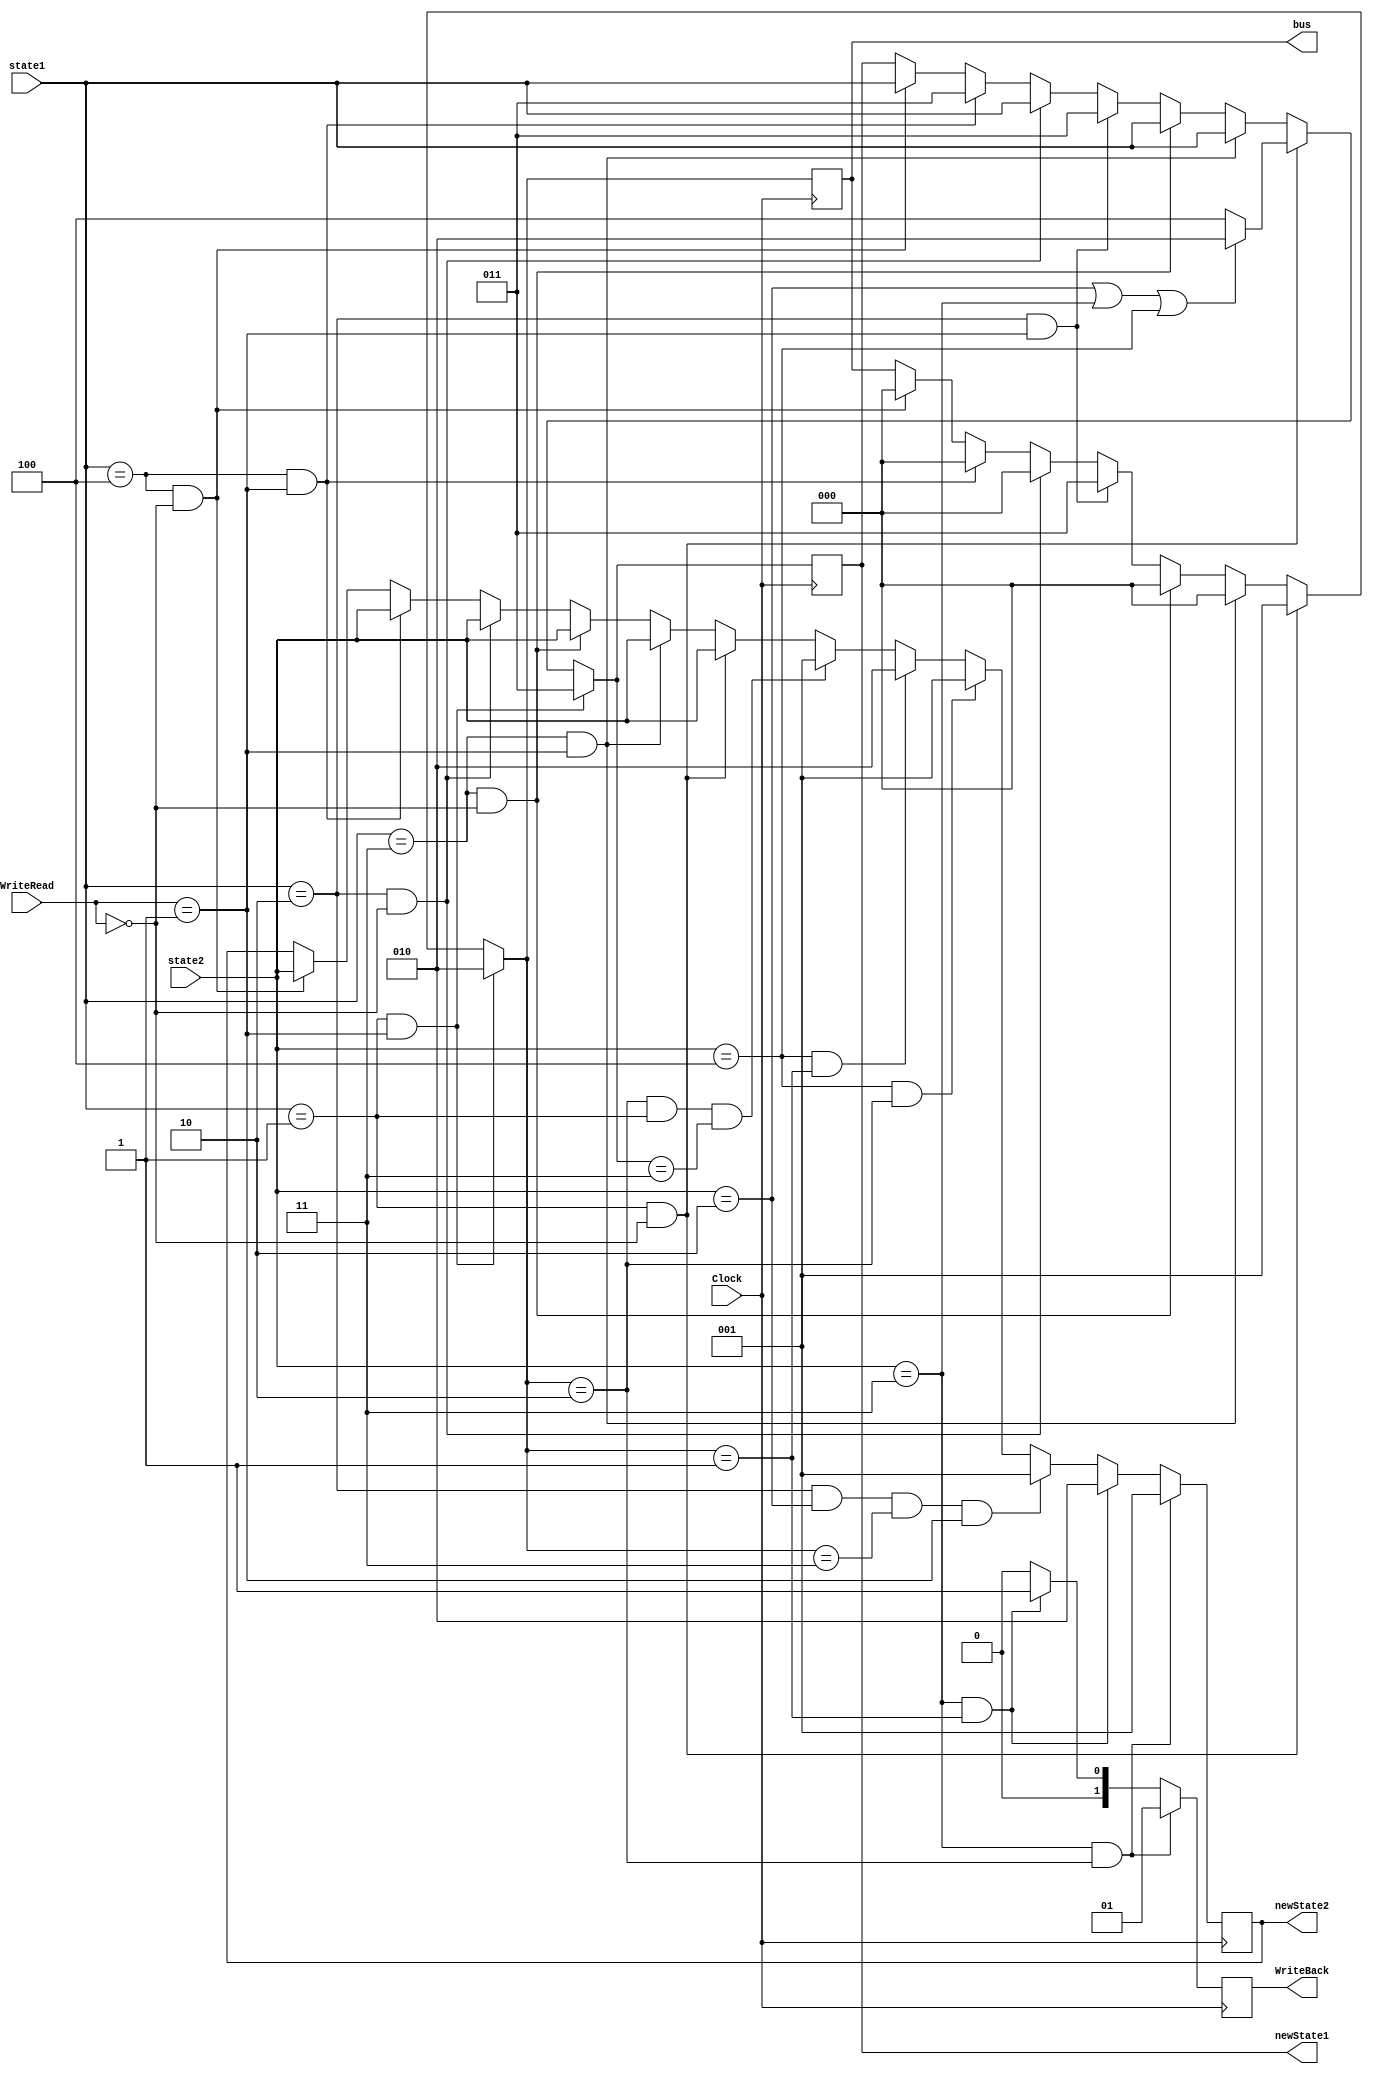
module MaquinasDeEstados(Clock, WriteRead, state1, state2, bus, newState1, newState2, WriteBack);

 
/* Instruções para melhor entendimento do código.
 -----------------------------------------
	Estados
	I = 001, S = 010, M = 011, E = 100
	bus
	000 - vazio
	001 - busrd
	010 - busrdx
	011 - busupgrd
 -----------------------------------------
 */

	//	Entradas:
	input Clock;
	input [2:0] state1;
	input[2:0] state2;	// Estados 1 e 2.
	input [1:0] WriteRead; // saida com read ou write
	
	// Saídas que receberam os valores para a simulação.
	output reg[2:0] bus;
	output reg[2:0] newState1;
	output reg[2:0] newState2;
	output reg[1:0] WriteBack;

	// Registradores:
	reg [1:0] hit;
	reg [1:0] miss;
	
	
	initial begin 
		
		bus = 3'b000; 
		newState1 = 3'b000; 
		newState2 = 3'b000;
		WriteBack = 2'b00;
		hit = 2'b00;
		miss = 2'b00;

	end
	
	
	
	always@(negedge Clock)begin
		WriteBack = 2'b00;
		
// --------------------------------------------------------------------------------------------
		// Máquina de estado 1
		
		if(state1 == 3'b100 && WriteRead == 2'b00) // EXCLUSIVE READ - CONFERIDO
			begin
				newState1 = state1;	// Continua os mesmos estados.
				newState2 = state2;
				bus = 3'b000;			// Não emite sinal.
				hit = 2'b01;			// Da hit.
				miss = 2'b00;			// Não da miss.
			end
		if(state1 == 3'b100 && WriteRead == 2'b01) //EXCLUSIVE WRITE - CONFERIDO
			begin
				newState1 = 3'b011; 	// Modified.
				newState2 = state2;	// Continua o mesmo estado.
				bus = 3'b000;			// Não emite sinal.
				hit = 2'b01;			// Da hit.
				miss = 2'b00;			// Não da miss.
			end
				
		if(state1 == 3'b010 && WriteRead == 2'b00) //SHARED HIT -  CONFERIDO
			begin
				newState1 = state1;	// Continua os mesmos estados.
				newState2 = state2;	
				bus = 3'b000;			// Não emite sinal.
				hit = 2'b01;			// Da hit.
				miss = 2'b00;			// Não dá miss.
			end
		if(state1 == 3'b010 && WriteRead == 2'b01) //SHARED WRITE - CONFERIDO
			begin
				newState1 = 3'b011;	// MODIFIED 
				bus = 3'b011;			// Emite sinal BusUpgr.
				hit = 2'b00;			// Não da hit.
				miss = 2'b01;			// Dá miss.
			end
		if(state1 == 3'b011 && WriteRead == 2'b00) //MODIFIED READ - CONFERIDO
			begin
				newState1 = state1;	// Continua os mesmos estados.
				newState2 = state2;
				bus = 3'b000;			// Não emite sinal.
				hit = 2'b01;			// Dá hit.
				miss = 2'b00;			// Não dá miss.
			end
		if(state1 == 3'b011 && WriteRead == 2'b01) //MODIFIED WRITE - CONFERIDO
			begin
				newState1 = state1;	// Continua os mesmos estados.
				newState2 = state2;
				bus = 3'b000;			//	Não emite sinal.
				hit = 2'b00;			// Não dá hit
				miss = 2'b01;			// Dá miss.
			end

		if(state1 == 3'b001 && WriteRead == 2'b00) //INVALID READ -CONFERIDO
			begin
				bus = 3'b001; 			// BusRd
				hit = 2'b00;			// Não dá hit.
				miss = 2'b01;			// Dá miss.
				newState2 = state2;	// Continua o mesmo estado.
				
				if(state2 == 3'b010 || state2 == 3'b011 || state2 == 3'b100) // Se shared ou modified
					begin
						newState1 = 3'b010; 	// SHARED

					end
				else //
					begin
						newState1 = 3'b100; 	// EXCLUSIVE

					end			
			end
			
		if(state1 == 3'b001 && WriteRead == 2'b01) //INVALID WRITE CONFERIDO
			begin
				
				newState1 = 3'b011; 	// Modified
				bus = 3'b010; 			// BusRdX
				hit = 2'b00;			// Não da hit.
				miss = 2'b01;			// Dá miss.
			end
//-------------------------------------------------------------------------------------------------------
		// Máquina de estado 2 
		
		if(bus == 3'b010 && state1 == 3'b001 && newState1 == 3'b011) //INVALID BusRdx CONFERIDO
			begin

				newState2 = 3'b001; // INVALID

			end
			
		if(state2 == 3'b100 && bus == 3'b001) // EXCLUSIVE BusRd
			begin

				newState2 = 3'b010; // SHARED

			end

		if(state2 == 3'b100 && bus == 3'b0010) // EXCLUSIVE BusRdX
			begin
				
				newState2 = 3'b001; // INVALID

			end
			
		if(state1 == 3'b010 && state2 == 3'b010 && bus == 3'b011 && WriteRead == 2'b01)	// SHARED BusUpgr
			begin
			
				newState2 = 3'b001; // INVALID
			
			end
			
		if(state2 == 3'b011 && bus == 3'b001)	// MODIFIED BusRd
			begin
			
				newState2 = 3'b010;	// SHARED
				WriteBack = 2'b01;	// Ocorreu WriteBack.
			end
			
		if(state2 == 3'b011 && bus == 3'b010)	// MODIFIED BusRdX
			begin
			
				newState2 = 3'b001;	// INVALID
				WriteBack = 2'b01;	// Ocorreu WriteBack.
			end
		
	end
// --------------------------------------------------------------------------------------------
endmodule